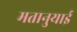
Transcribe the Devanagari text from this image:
मतानुयाई